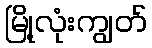
မြို့လုံးကျွတ်